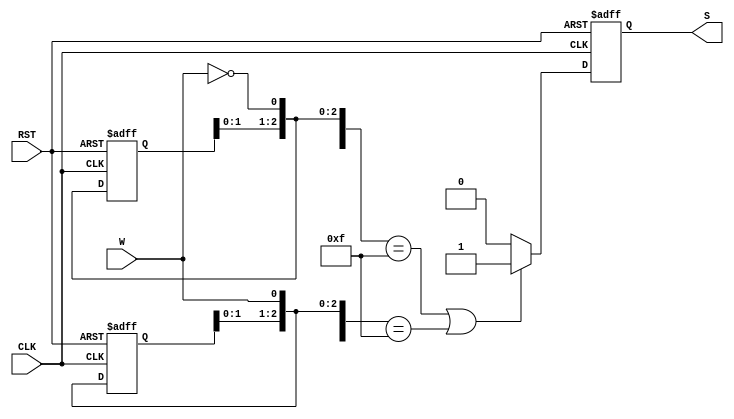
module FSM_2ShiftRegister(
input				CLK, RST, W,
output	reg  	S
);

reg [3:0] Zeros;
reg [3:0] Ones;

always @(posedge CLK or negedge RST) 
begin
	if (!RST)
	begin
		Zeros = 4'b0000;
		Ones  = 4'b0000;
		S = 0;
	end 
	else 
	begin
		Zeros = {Zeros[2:0], ~W};
		Ones  = {Ones[2:0], W};
		if (Zeros == 4'b1111 || Ones == 4'b1111)
			S = 1;
		else
			S = 0;
	end
end
endmodule